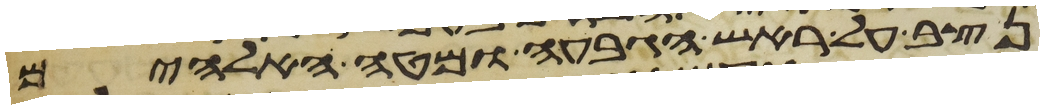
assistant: נצב על ראש הגבעה ומטה האלהים